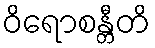
ဝိရောစန္တီတိ